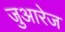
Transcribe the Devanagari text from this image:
जुआरेज